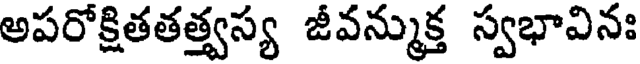
అపరోక్షితతత్త్వస్య జీవన్ముక్త స్వభావినః